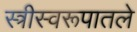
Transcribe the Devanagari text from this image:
स्त्रीस्वरूपातले